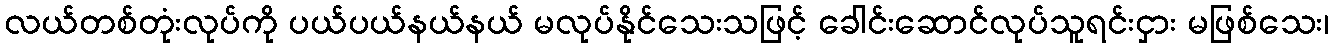
လယ်တစ်တုံးလုပ်ကို ပယ်ပယ်နယ်နယ် မလုပ်နိုင်သေးသဖြင့် ခေါင်းဆောင်လုပ်သူရင်းငှား မဖြစ်သေး၊